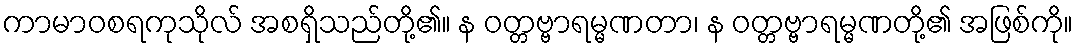
ကာမာဝစရကုသိုလ် အစရှိသည်တို့၏။ န ဝတ္တဗ္ဗာရမ္မဏတာ၊ န ဝတ္တဗ္ဗာရမ္မဏတို့၏ အဖြစ်ကို။